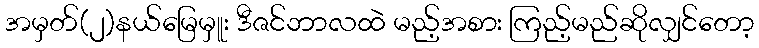
အမှတ်(၂)နယ်မြေမှူး ဒီဇင်ဘာလထဲ မည့်အစား ကြည့်မည်ဆိုလျှင်တော့